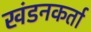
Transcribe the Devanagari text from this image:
खंडनकर्ता